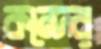
কন্দের